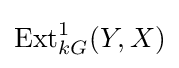
\mathrm {Ext} _{kG}^{1}(Y,X)